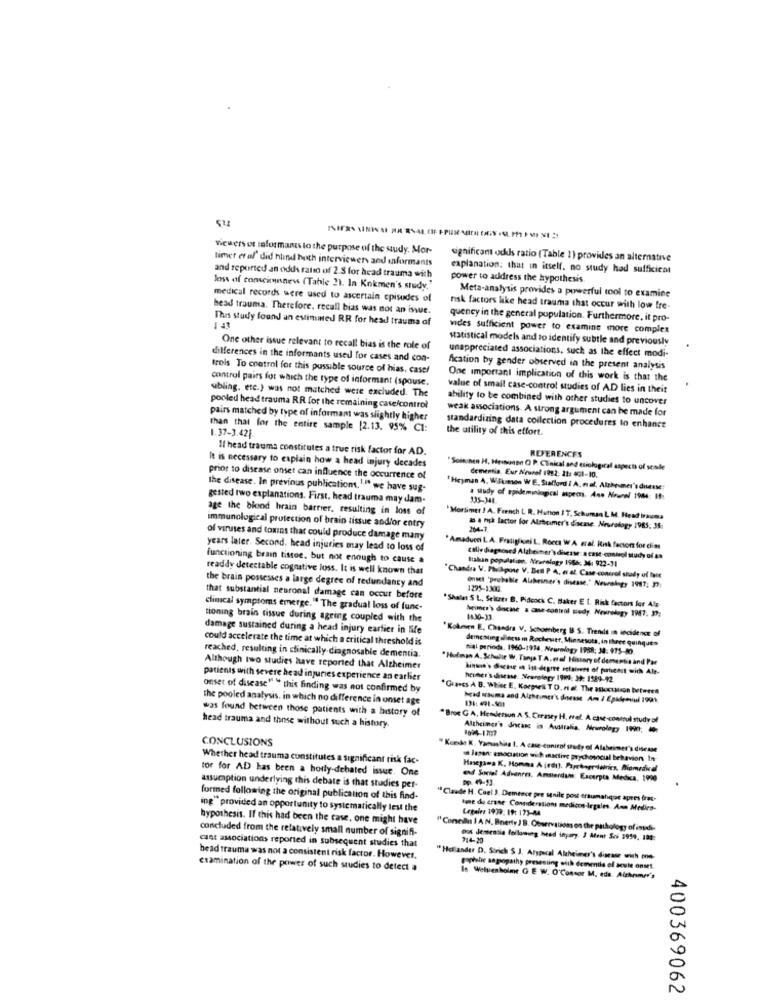
Wewers er informamts to the purpose of the study. Mor-
limet et al' did hlind hoth interviewers and enformants
significant odds ratio (Table 1) provides an alternative
explanation: that in itself. no study had sufficient
and reported an odds ratio of 2.5 for head trauma with
power to address the hypothesis.
loss of concinnness (Table 2). In Kokmen's study."
Meta-analysis provides a powerful tool to examine
medical records were used to ascertain episodes of
head trauma. Therefore, recall bias was not an issue.
risk factors like head trauma that occur with low fre-
This study found an estimmed RR for head trauma of
quency in the general population. Furthermore, it pro-
vides sufficient power to examine more complex
statistical models and to identify subtle and previously
One other issue relevant to recall bias is the role of
differences in the informants used for cases and con-
unappreciated associations, such as the effect modi-
trois To control for this possible source of hias, casef
fication by gender observed in the present analysis
control pairs for which the type of informant (spouse.
One important implication of this work is that the
wbling, etc.) was not matched were excluded. The
value of small case-control studies of AD lies in their
ability to be combined with other studies to uncover
pooled head trauma RR for the remaining case/control
weak associations. A strong argument can be made for
pairs matched by type of informant was slightly higher
than that for the entire sample [2.13. 95% C1:
1.37-3.421.
the utility of this etfort.
standardizing data collection procedures to enhance
If head trauma constitutes a true risk factor for AD.
REFERENCES
It is necessary to explain how a head injury decades
"Soinnen H, Hrusomen O P. Clinical and etiological aspects of sende
dementia. Eur Neurol 1992: 21: 401-10.
prior to disease onset can influence the occurrence of
the disease. In previous publication. " we have sug-
"Heyman 4. Wilkimon W E. Stafford I A. mal. Alzheimer's disse:
gested two explanations. First. head trauma may dam-
a sudy of epidemiological spros. Ame Now/ 1944; If:
335-348.
age the blond brain barrier, resulting in loss of
Immunological protection of brain tissue andfor entry
"Mortimer ! A. French L R. Hutton IT, Schuman L. M. Head ivacms
za a risk factor for Alzheimer's disease. Neurology 1985, 35:
of viruses and toxis that could produce damage many
years later. Second, head injuries may lead to loss of
"Amaducci L. A. Fratiglioni L. Rocca W A eral. Risk factors for elias
functioning brain tissue, but not enough to cause a
calle diagnosed Alzheimer's disease: acast-control study of as
Italian population. Nrurology 1986; 34, 922-31
readdy detectable cognative loss. It is well known that
the brain possesses a large degree of redundancy and
"Chandra V. Philpose V. Bell P A. « al. Case-control snady of last
onset 'probable Alaheiner's disease." Neurology 1917: 57:
129%-130G.
that substantial neuronal damage can occur before
clinical symptoms emerge." The gradual loss of func-
"Shales S L, Seiuzer B. Pidcock C. Baker E t. Risk factors for Als
heimer's discue a case -control study. Neurology 1947, 39:
tioning brain tissue during ageing coupled with the
14.30-13
damage sustained during a head injury earlier in life
"Kokmen E, Chandra V. Schoenberg B S. Trends in incidence of
could accelerate the time at which a critical threshold is
demesling illness in Rocheser, Minnesota, in Ihree quinque»
reached, resulting in clinically diagnosable dementia.
nial periods. 1960-1914. Neurology 1988: 34: 975-80.
*Holman A. Schulie W, Tanja TA. erol History of dementia and Par
Although two studies have reported that Alzheimer
hinton's Suche an Ist-degree retainers of puteast with Alt-
patients with severe head injuries experience an earlier
heiner'sdisease. Neurology 199: 39: 1589-92
onset of disease" " this finding was not confirmed by
*Guards A B. White E, Korpses T D. ref. The accusson between
the pooled analysis. in which no difference in onset age
hrad trauma and Alzheimer's disease Am / Epidemiiul 1991
was found between those patients with a history of
*Broc G A, Henderson A. S. Creasey H. wref. A. case-control study of
head trauma and those without such a history.
Alzheimer's dhcase in Australia. Newology 1990; 10
CONCLUSIONS
" Koede K. Yamashas 1. A case-conirol study of Alabeimer's disease
Whether head trauma constitutes a significant risk fac-
a lasan: emociation with anactive psychosocial behavior In-
tor for AD has been a holly-debated issue. One
Hasegawa K, Homma A indi). Paprbegrvielrics, Biomedical
end Social Advanres. Amsterdam: Excerpts Medica, 1990
assucaption underlying this debate is that studies per-
formed following the original publication of this find-
"Claude H. Cuel ). Demence pre senile post traumatique apres fres-
ing" provided an opportunity to systematically lest the
Ime de crase Considerations medicos-legales. Ann Medico-
Legales 1979: 19: 175-44
hypothesis. If this had been the case, one might have
concluded from the relatively small number of signifi-
"Conclu I A N. Buerly J B. Observations on the pathology of indi-
cant associations reported in subsequent studies that
oos dementie following head inyary. 3 Ment Sci 3959, 180:
114-30
bead trauma was not a consistent risk factor. However.
"Hollander D. Sorich S J. Atypical Alzheimer's disease with one-
examination of the power of such studies to detect a
portubir sapopathy presesting sith demmila of acute onset.
In Weltenholme G E W. O'Consor M. eda. Alzheimer's
400369062